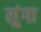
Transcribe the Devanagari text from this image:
सुंगा